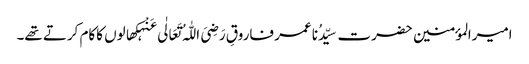
امیرالمؤمنین حضرت سیِّدُنا عمر فاروقِ رَضِیَ اللّٰہُ تَعَالٰی عَنْہکھالوں کاکام کرتے تھے۔